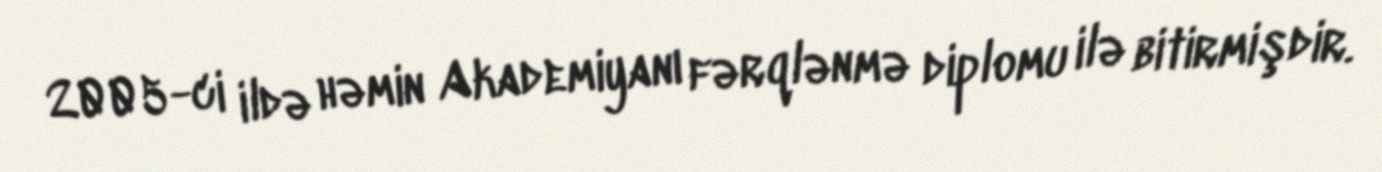
2005-ci ildə həmin Akademiyanı fərqlənmə diplomu ilə bitirmişdir.